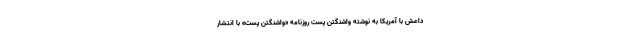
داعش با آمریکا به نوشته واشنگتن پست روزنامه «واشنگتن پست» با انتشار